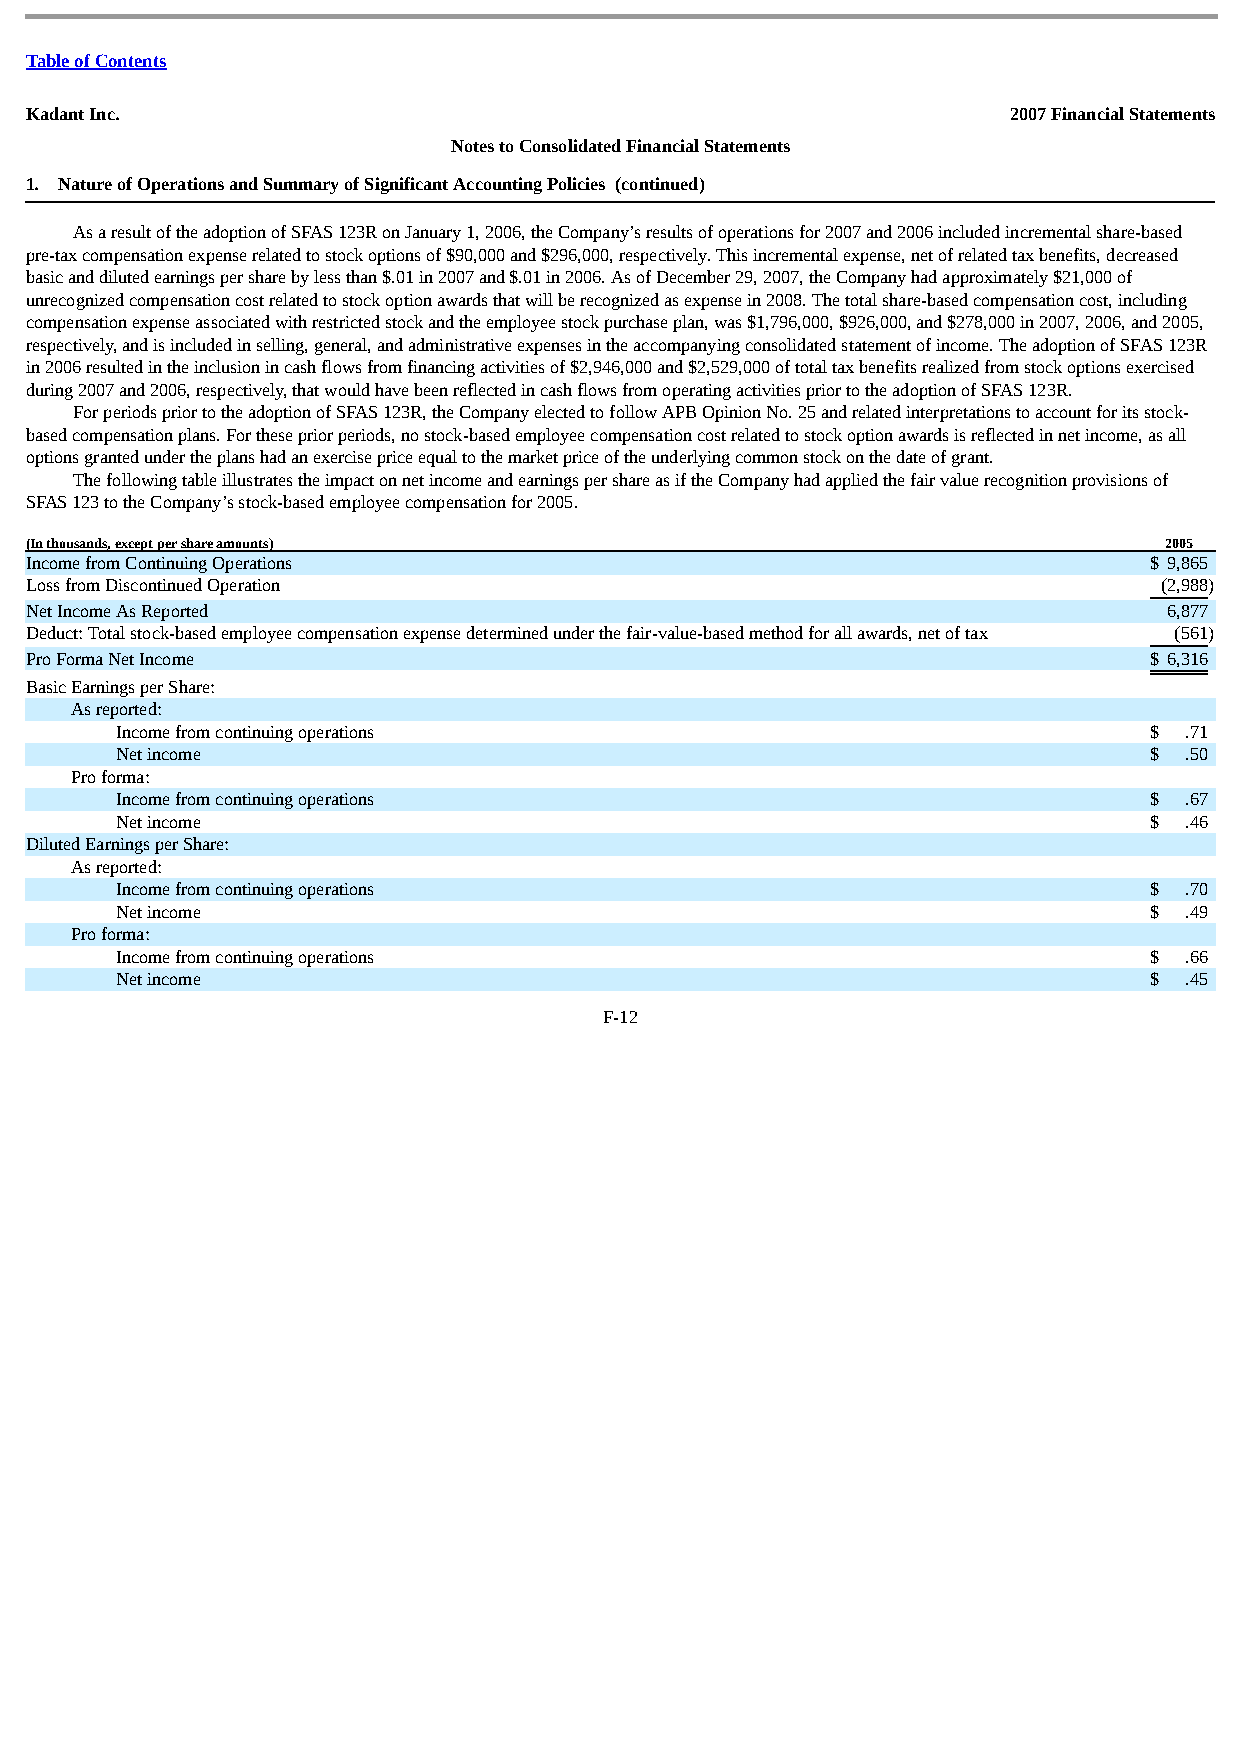
Table of Contents
 Kadant Inc.                                                      2007 Financial Statements
 Notes to Consolidated Financial Statements
 1. Nature of Operations and Summary of Significant Accounting Policies (continued)
 As a result of the adoption of SFAS 123R on January 1, 2006, the Company’s results of operations for 2007 and 2006 included incremental share-based
 pre-tax compensation expense related to stock options of $90,000 and $296,000, respectively. This incremental expense, net of related tax benefits, decreased
 basic and diluted earnings per share by less than $.01 in 2007 and $.01 in 2006. As of December 29, 2007, the Company had approximately $21,000 of
 unrecognized compensation cost related to stock option awards that will be recognized as expense in 2008. The total share-based compensation cost, including
 compensation expense associated with restricted stock and the employee stock purchase plan, was $1,796,000, $926,000, and $278,000 in 2007, 2006, and 2005,
 respectively, and is included in selling, general, and administrative expenses in the accompanying consolidated statement of income. The adoption of SFAS 123R
 in 2006 resulted in the inclusion in cash flows from financing activities of $2,946,000 and $2,529,000 of total tax benefits realized from stock options exercised
 during 2007 and 2006, respectively, that would have been reflected in cash flows from operating activities prior to the adoption of SFAS 123R.
 For periods prior to the adoption of SFAS 123R, the Company elected to follow APB Opinion No. 25 and related interpretations to account for its stock-
 based compensation plans. For these prior periods, no stock-based employee compensation cost related to stock option awards is reflected in net income, as all
 options granted under the plans had an exercise price equal to the market price of the underlying common stock on the date of grant.
 The following table illustrates the impact on net income and earnings per share as if the Company had applied the fair value recognition provisions of
 SFAS 123 to the Company’s stock-based employee compensation for 2005.
 (In thousands, except per share amounts)                                   2005
 Income from Continuing Operations                                         $ 9,865
 Loss from Discontinued Operation                                           (2,988)
 Net Income As Reported                                                     6,877
 Deduct: Total stock-based employee compensation expense determined under the fair-value-based method for all awards, net of tax (561)
 Pro Forma Net Income                                                      $ 6,316
 Basic Earnings per Share:
 As reported:
 Income from continuing operations                                   $ .71
 Net income                                                          $ .50
 Pro forma:
 Income from continuing operations                                   $ .67
 Net income                                                          $ .46
 Diluted Earnings per Share:
 As reported:
 Income from continuing operations                                   $ .70
 Net income                                                          $ .49
 Pro forma:
 Income from continuing operations                                   $ .66
 Net income                                                          $ .45
 F-12